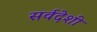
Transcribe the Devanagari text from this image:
सर्वदेशी